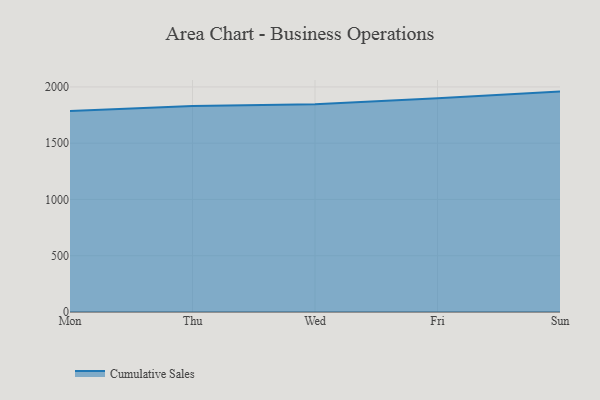
{"axis": {"x": "Day", "y": "Energy Usage (MWh)"}, "legend": ["Cumulative Sales"], "data": [{"x": "Mon", "y": 1785.4, "type": "Cumulative Sales"}, {"x": "Thu", "y": 1829.7, "type": "Cumulative Sales"}, {"x": "Wed", "y": 1846.0, "type": "Cumulative Sales"}, {"x": "Fri", "y": 1898.6, "type": "Cumulative Sales"}, {"x": "Sun", "y": 1958.5, "type": "Cumulative Sales"}]}